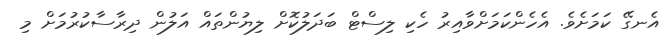
އެނގޭ ކަމަށެވެ. އެހެންކަމަށްވާއިރު ހެކި ލިސްޓް ބަދަލުކޮށް ލިޔުންތައް އަލުން ދިރާސާކުރުމަށް މި